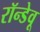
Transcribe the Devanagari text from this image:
रॉन्डेवू